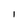
Character: I